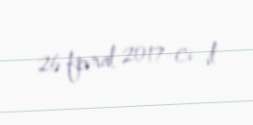
26 fevral 2017-ci il